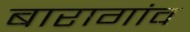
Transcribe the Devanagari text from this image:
बारागांव